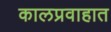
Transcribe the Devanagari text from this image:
कालप्रवाहात